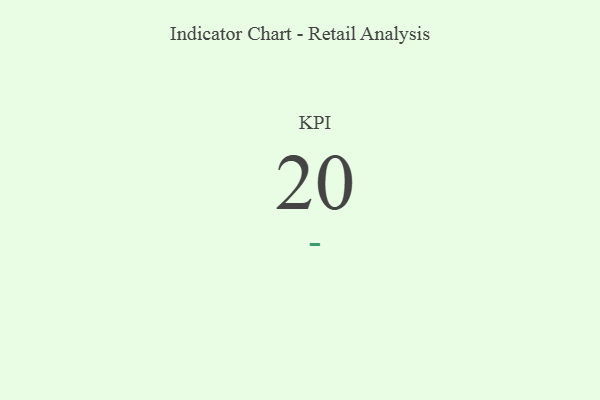
{"axis": {"x": "KPI", "y": "Value"}, "legend": [""], "data": [{"x": "KPI", "y": 20, "type": ""}]}